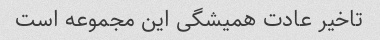
تاخیر عادت همیشگی این مجموعه است